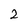
Character: 2